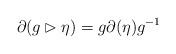
LaTeX: \begin{align*} \partial(g \rhd \eta) = g \partial(\eta) g^{-1} \end{align*}